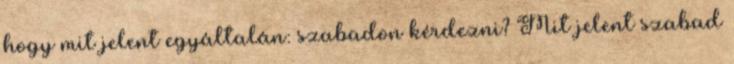
hogy mit jelent egyáltalán: szabadon kérdezni? Mit jelent szabad